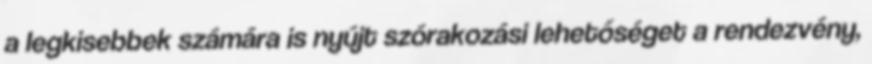
a legkisebbek számára is nyújt szórakozási lehetőséget a rendezvény,